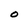
Character: O